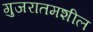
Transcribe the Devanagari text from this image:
गुजरातमशील